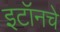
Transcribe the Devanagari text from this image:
इटॉनचे